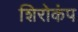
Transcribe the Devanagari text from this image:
शिरोकंप